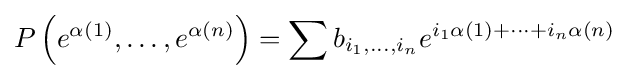
P\left(e^{\alpha (1)},\dots ,e^{\alpha (n)}\right)=\sum b_{i_{1},\dots ,i_{n}}e^{i_{1}\alpha (1)+\cdots +i_{n}\alpha (n)}